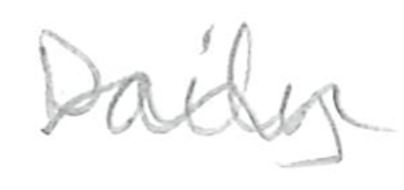
Text: Daily
Cross-out: wave
Writing tool: pencil